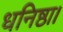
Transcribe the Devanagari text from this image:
धनिष्ठा।